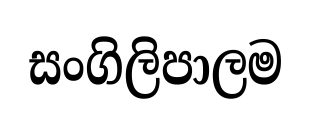
සංගිලිපාලම